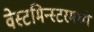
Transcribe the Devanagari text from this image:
वेस्टमिन्स्टरमध्ये